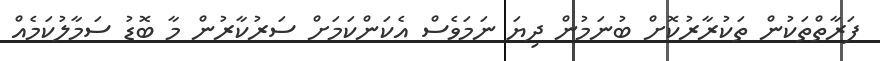
ފަރާތްތަކުން ތަކުރާރުކޮށް ބުނަމުން ދިޔަ ނަމަވެސް އެކަންކަމަށް ސަރުކާރުން މާ ބޮޑު ސަމާލުކަމެއް